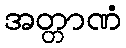
အတ္တာဏံ